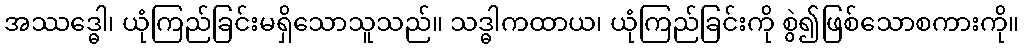
အဿဒ္ဓေါ၊ ယုံကြည်ခြင်းမရှိသောသူသည်။ သဒ္ဓါကထာယ၊ ယုံကြည်ခြင်းကို စွဲ၍ဖြစ်သောစကားကို။